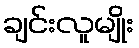
ချင်းလူမျိုး